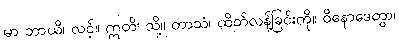
မာ ဘာယိ၊ လင့်။ ဣတိ၊ သို့။ တာသံ၊ ထိတ်လန့်ခြင်းကို။ ဝိနောဒေတွာ၊